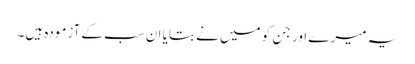
یہ میرے اور جن کو میں نے بتایا ان سب کے آزمودہ ہیں۔